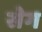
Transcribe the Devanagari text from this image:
सेग